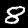
Digit: 8